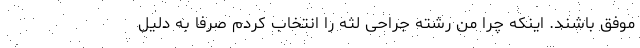
موفق باشند. اینکه چرا من رشته جراحی لثه را انتخاب کردم صرفا به دلیل